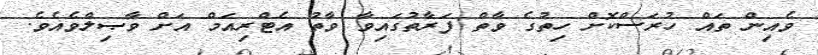
ވެއިން ތައް ހުރަސްކޮށް ހިތުގެ ވާތް ފަރާތުގައިވާ ވާތު އެޓްރިއަމް އަށް ވާޞިލްވެއެވެ.